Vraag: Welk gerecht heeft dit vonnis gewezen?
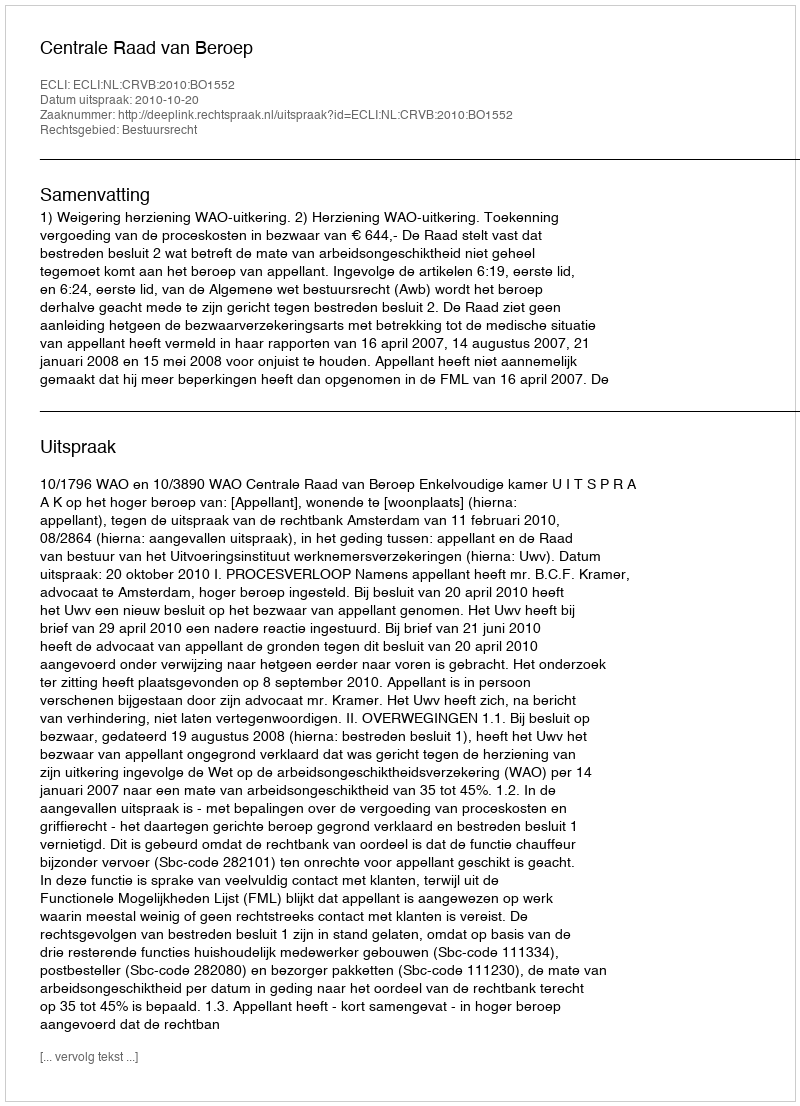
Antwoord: Centrale Raad van Beroep